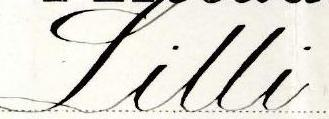
Lilli